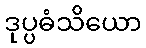
ဒုပ္ပဓံသိယော